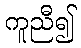
ကူညီ၍